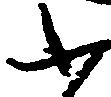
ふ